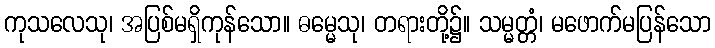
ကုသလေသု၊ အပြစ်မရှိကုန်သော။ ဓမ္မေသု၊ တရားတို့၌။ သမ္မတ္တံ၊ မဖောက်မပြန်သော